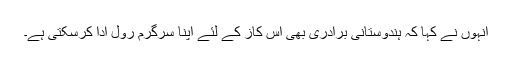
انہوں نے کہا کہ ہندوستانی برادری بھی اس کاز کے لئے اپنا سرگرم رول ادا کرسکتی ہے۔